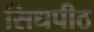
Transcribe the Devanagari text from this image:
सिधपीठ